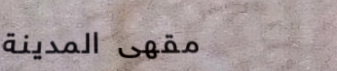
مقهى المدينة